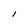
Character: I